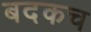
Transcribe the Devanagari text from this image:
बदकच